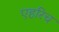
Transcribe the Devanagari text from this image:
एहरिच